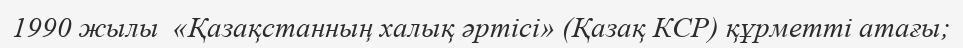
1990 жылы  «Қазақстанның халық әртісі» (Қазақ КСР) құрметті атағы;